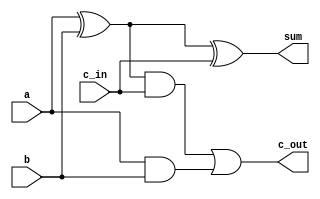
`timescale 1ns/1ps

module full_addr(
    input a, b, c_in,
    output sum, c_out);

    wire n1, n2, n3;

    xor (n1, a,b);
    xor (sum, n1,c_in);
    and (n2, n1,c_in);
    and (n3, a,b);
    or (c_out, n2,n3);
endmodule


module bit8_8fulAdders(a, b, c_in, sum, c_cout);

    input [7:0] a;
    input [7:0] b;
    input c_in;
    output [7:0] sum;
    output c_cout;

    wire [6:0] carry;

    full_addr FA_0(
        .a(a[0]),
        .b(b[0]),
        .c_in(c_in),
        .sum(sum[0]),
        .c_out(carry[0]));

    full_addr FA_1(
        .a(a[0]),
        .b(b[0]),
        .c_in(c_in),
        .sum(sum[0]),
        .c_out(carry[0]));

    full_addr FA_2(
        .a(a[0]),
        .b(b[0]),
        .c_in(c_in),
        .sum(sum[0]),
        .c_out(carry[0]));

    full_addr FA_3(
        .a(a[0]),
        .b(b[0]),
        .c_in(c_in),
        .sum(sum[0]),
        .c_out(carry[0]));

    full_addr FA_4(
        .a(a[0]),
        .b(b[0]),
        .c_in(c_in),
        .sum(sum[0]),
        .c_out(carry[0]));

    full_addr FA_5(
        .a(a[0]),
        .b(b[0]),
        .c_in(c_in),
        .sum(sum[0]),
        .c_out(carry[0]));

    full_addr FA_6(
        .a(a[0]),
        .b(b[0]),
        .c_in(c_in),
        .sum(sum[0]),
        .c_out(carry[0]));
        
    full_addr FA_7(
        .a(a[0]),
        .b(b[0]),
        .c_in(c_in),
        .sum(sum[0]),
        .c_out(carry[0]));

    full_addr FA_8(
        .a(a[0]),
        .b(b[0]),
        .c_in(c_in),
        .sum(sum[0]),
        .c_out(carry[0]));

endmodule